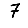
Digit: 7